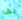
بها